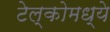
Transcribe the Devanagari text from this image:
टेल्कोमध्ये